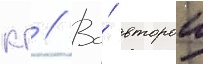
кг // Во́ второи